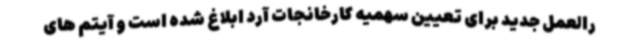
رالعمل جدید برای تعیین سهمیه کارخانجات آرد ابلاغ شده است و آیتم های